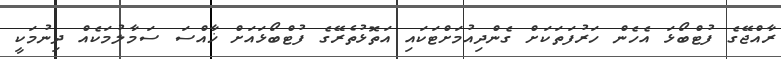
ރާއްޖޭގެ ފުޓްބޯޅަ އެހެން ހަރުފަތަކަށް ގެންދިއުމަށްޓަކައި އަތޮޅުތެރޭގެ ފުޓްބޯޅައަށް ޚާއްސަ ސަމާލުމަކެއް ދިނުމަކީ